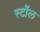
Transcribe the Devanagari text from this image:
स्टॉेल